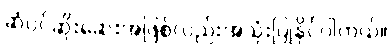
ဆံပင်ဆိုးဆေးအဖြစ်လည်းအသုံးပြုနိုင်ပါတယ်။